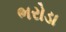
ભરોડા